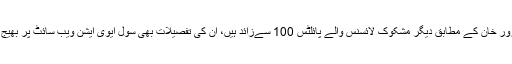
غلام سرور خان کے مطابق دیگر مشکوک لائسنس والے پائلٹس 100 سےزائد ہیں، ان کی تفصیلات بھی سول ایوی ایشن ویب سائٹ پر بھیج دی ہیں۔